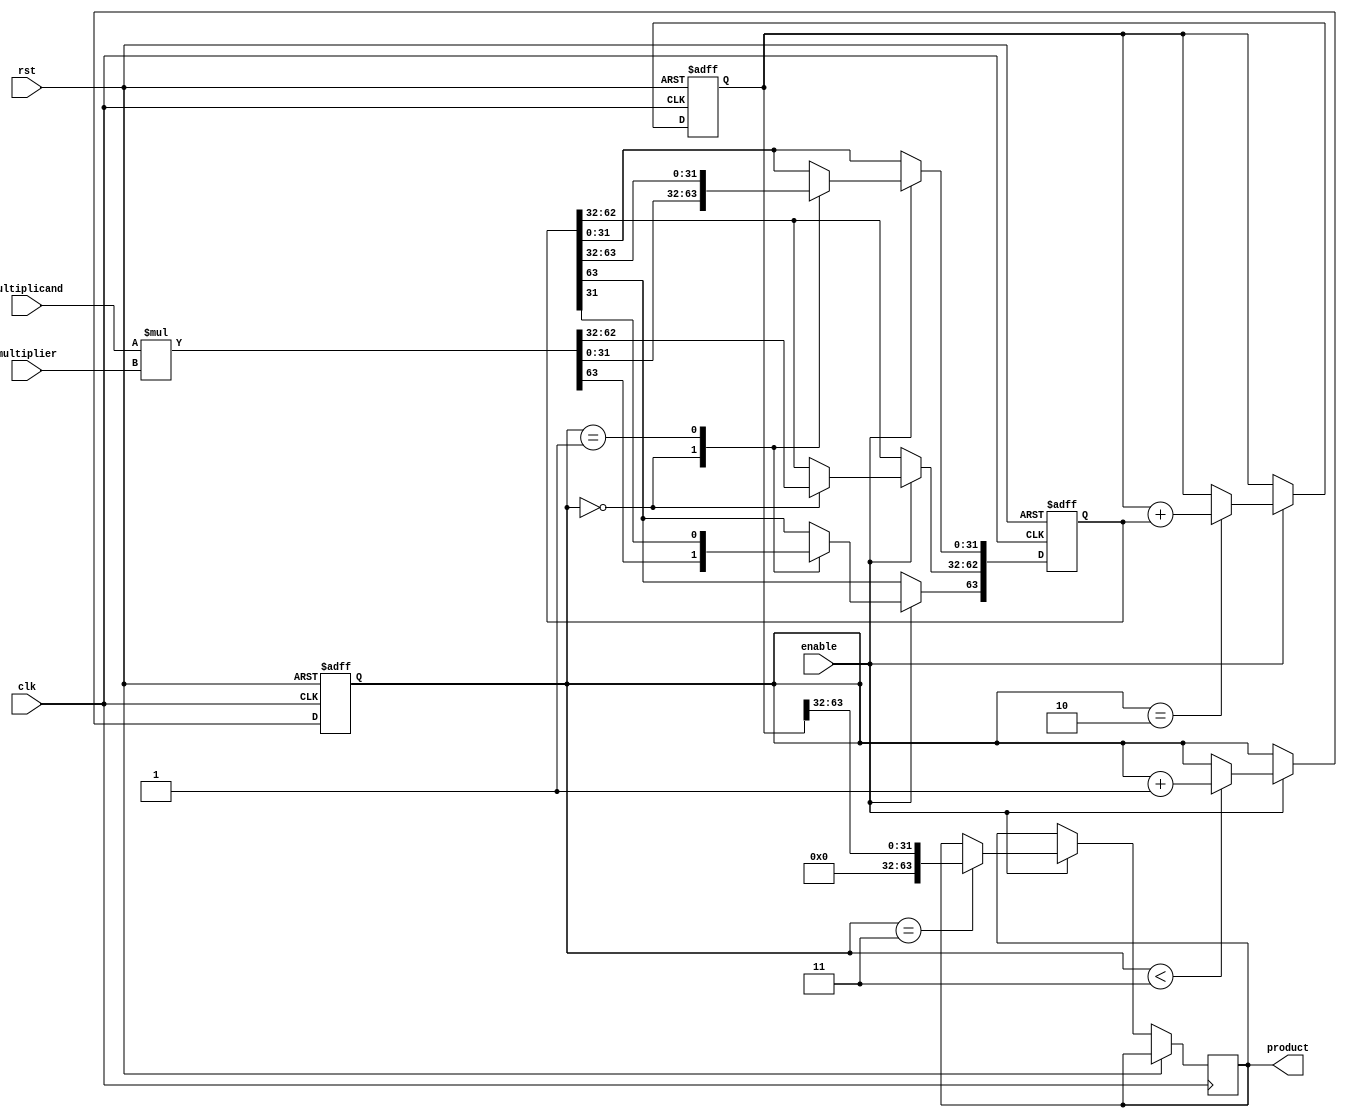
module booth_multiplier (
    input wire clk,
    input wire rst,
    input wire enable,
    input wire [31:0] multiplicand,
    input wire [31:0] multiplier,
    output wire [63:0] product
);

reg [63:0] partial_product;
reg [63:0] product_accumulator;
reg [4:0] stage;
reg overflow;

always @(posedge clk or posedge rst) begin
    if (rst) begin
        partial_product <= 64'h0;
        product_accumulator <= 64'h0;
        stage <= 5'b0;
        overflow <= 1'b0;
    end else if (enable) begin
        case (stage)
            5'b00000: begin
                // Generate partial products
                partial_product <= {32'd0, multiplicand} * {32'd0, multiplier};
            end
            5'b00001: begin
                // Booth encoding
                partial_product[63] <= partial_product[31];
                partial_product[31:0] <= partial_product[63:32];
            end
            5'b00010: begin
                // Partial product addition
                product_accumulator <= product_accumulator + partial_product;
            end
            5'b00011: begin
                // Final result calculation
                product <= product_accumulator[63:32];
                // Overflow detection
                overflow <= (product_accumulator[63] != product_accumulator[62]);
            end
            default: begin
                // Do nothing
            end
        endcase
        
        if (stage < 5'b00011) begin
            stage <= stage + 1;
        end
    end
end

endmodule